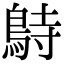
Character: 𪀔